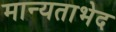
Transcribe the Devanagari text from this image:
मान्यताभेद